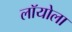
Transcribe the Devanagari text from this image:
लॉयोला